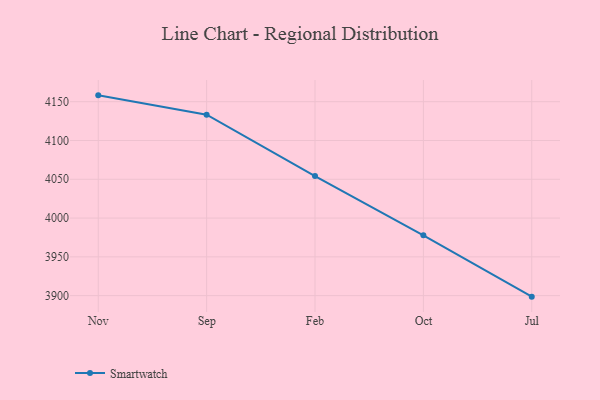
{"axis": {"x": "Month", "y": "Bounce Rate (%)"}, "legend": ["Smartwatch"], "data": [{"x": "Nov", "y": 4158.2, "type": "Smartwatch"}, {"x": "Sep", "y": 4133.3, "type": "Smartwatch"}, {"x": "Feb", "y": 4054.1, "type": "Smartwatch"}, {"x": "Oct", "y": 3977.7, "type": "Smartwatch"}, {"x": "Jul", "y": 3898.7, "type": "Smartwatch"}]}